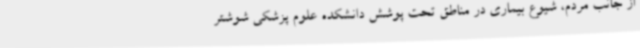
از جانب مردم، شیوع بیماری در مناطق تحت پوشش دانشکده علوم پزشکی شوشتر